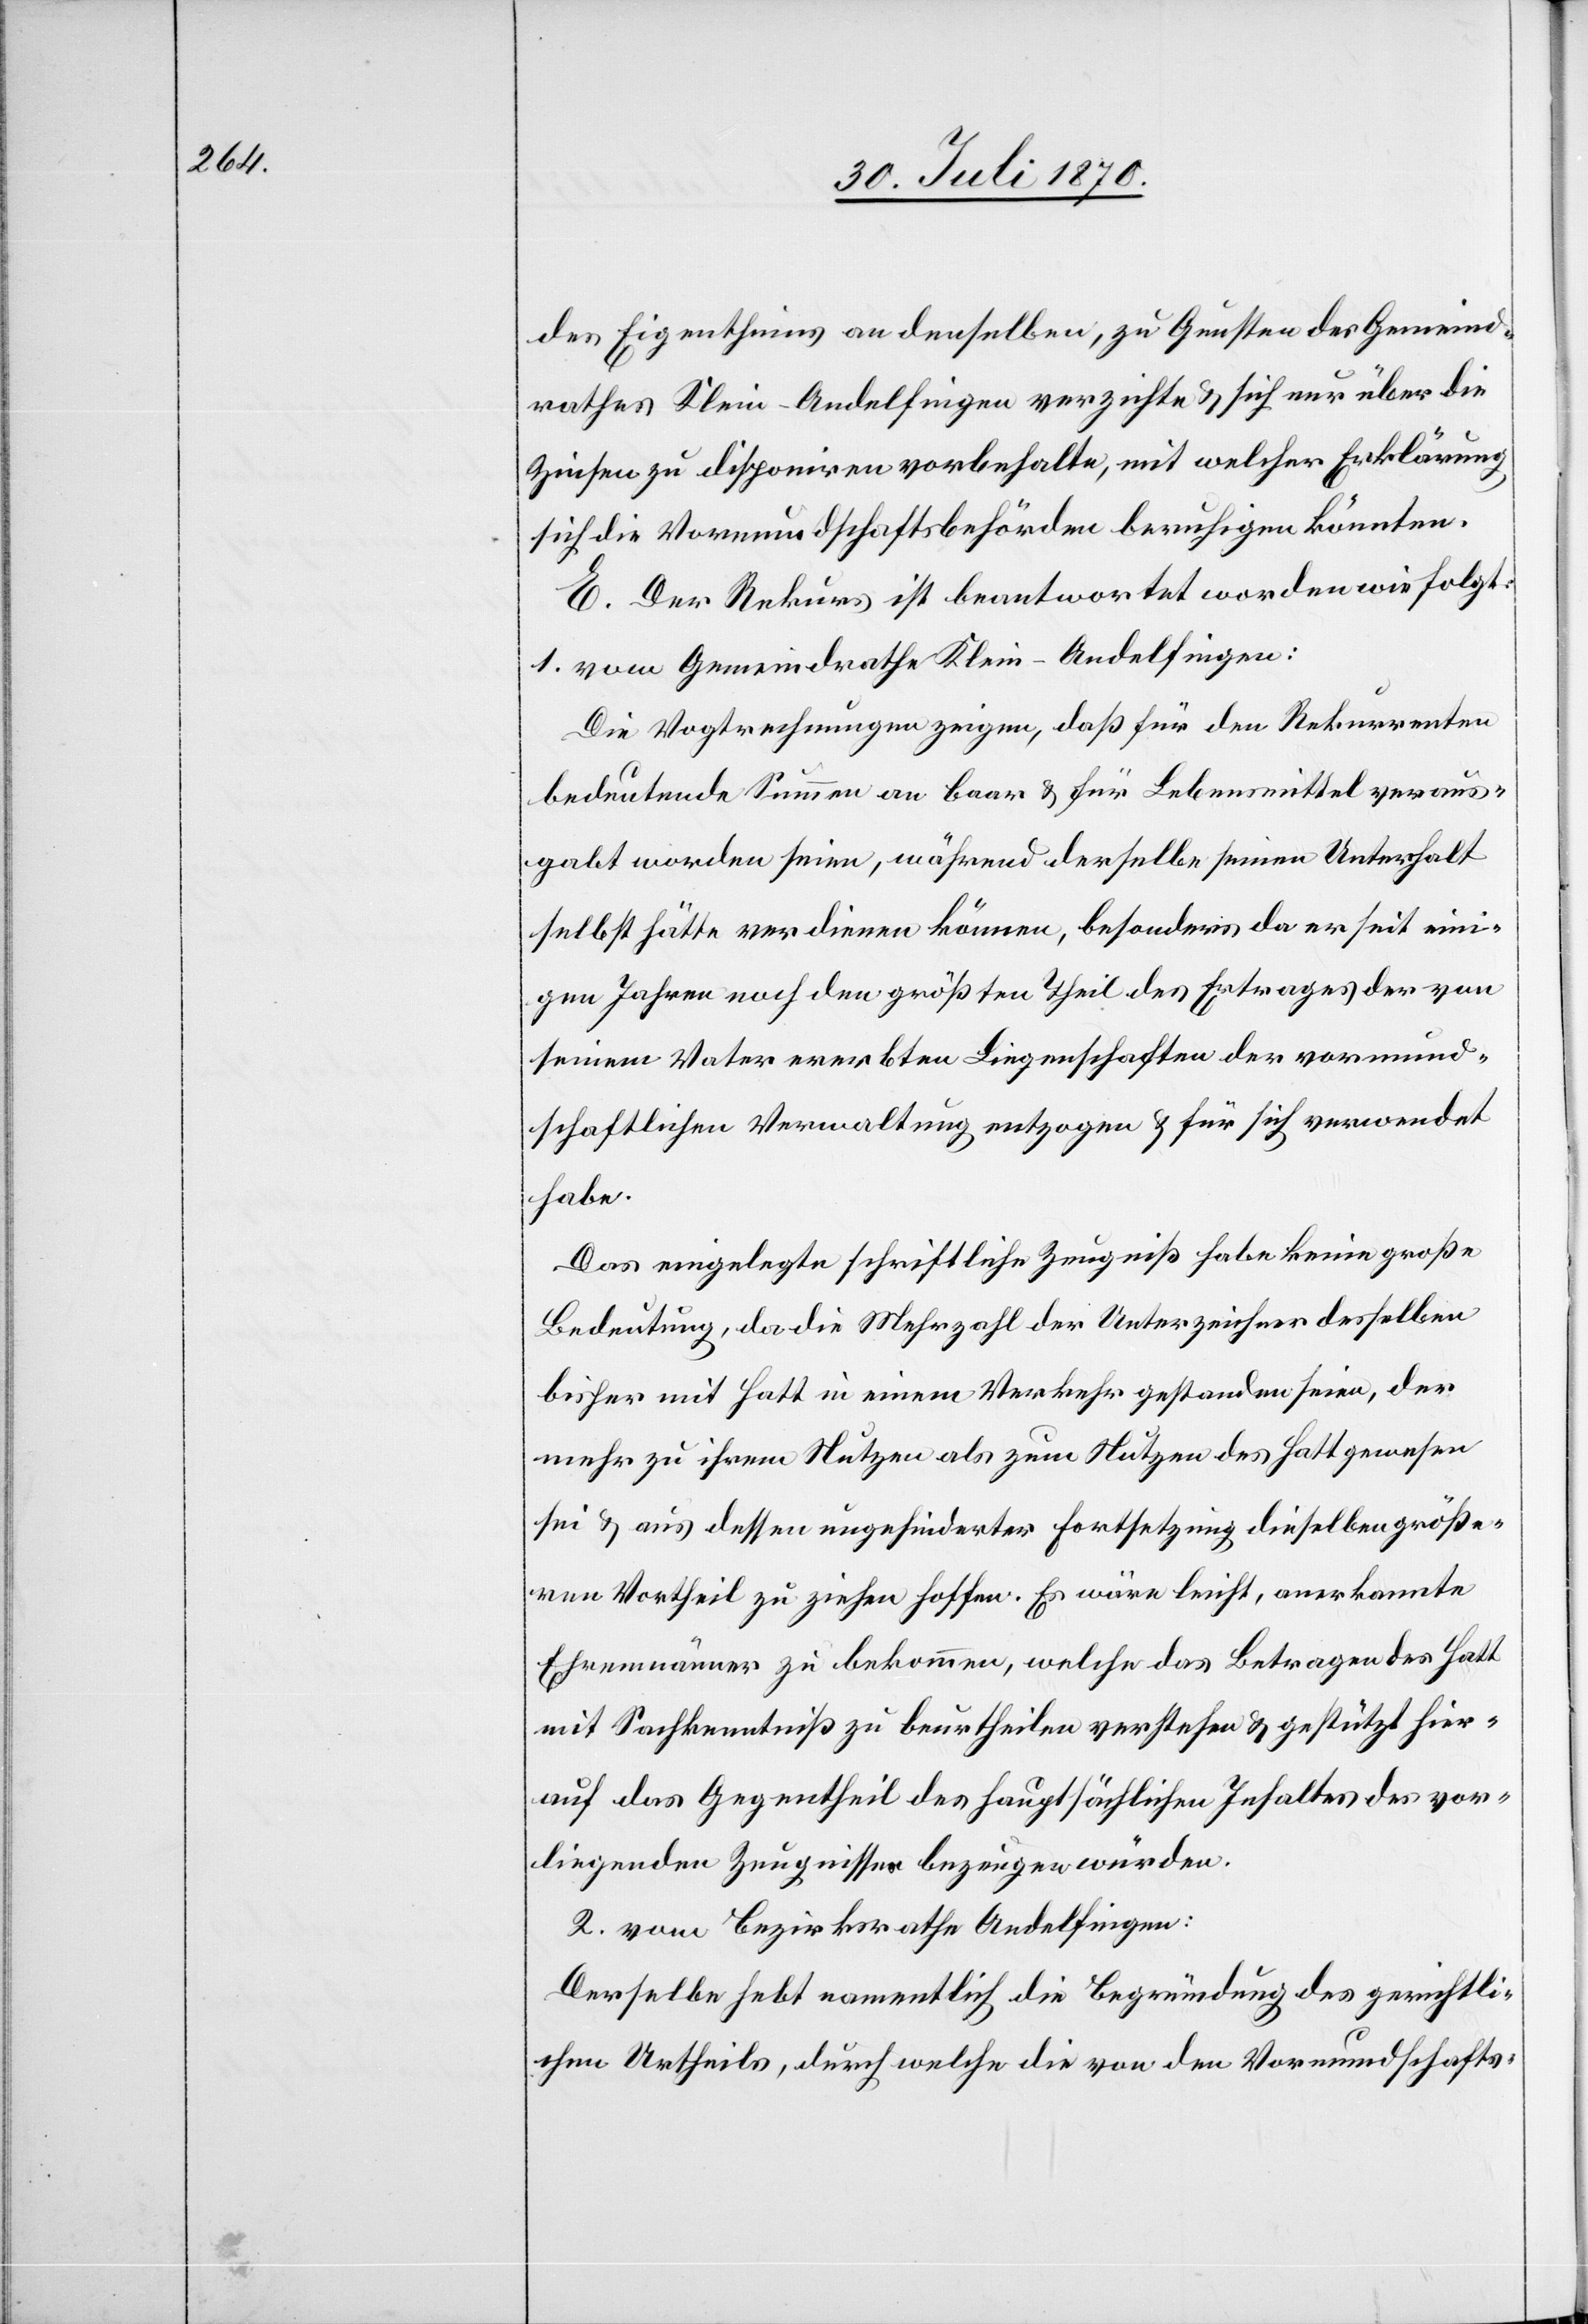
des Eigenthums an denselben, zu Gunsten des Gemeind¬
rathes Klein-Andelfingen verzichte & sich nur über die
Zinsen zu disponiren vorbehalte, mit welcher Erklärung
sich die Vormundschaftsbehörden beruhigen könnten.
E. Der Rekurs ist beantwortet worden wie folgt:
1. vom Gemeindrathe Klein-Andelfingen:
Die Vogtrechnungen zeigen, daß für den Rekurrenten
bedeutende Summen an baar & für Lebensmittel veraus¬
gabt worden seien, während derselbe seinen Unterhalt
selbst hätte verdienen können, besonders da er seit eini¬
gen Jahren noch den größten Theil des Ertrages der von
seinem Vater ererbten Liegenschaften der vormund¬
schaftlichen Verwaltung entzogen & für sich verwendet
habe.
Das eingelegte schriftliche Zeugniß habe keine große
Bedeutung, da die Mehrzahl der Unterzeichner desselben
bisher mit Hatt in einem Verkehr gestanden seien, der
mehr zu ihrem Nutzen als zum Nutzen des Hatt gewesen
sei & aus dessen ungehinderter Fortsetzung dieselben größe¬
ren Vortheil zu ziehen hoffen. Es wäre leicht, anerkannte
Ehrenmänner zu bekommen, welche das Betragen des Hatt
mit Sachkenntniß zu beurtheilen verstehen & gestützt hier¬
auf das Gegentheil des hauptsächlichen Inhaltes des vor¬
liegenden Zeugnisses bezeugen würden.
2. vom Bezirksrathe Andelfingen:
Derselbe hebt namentlich die Begründung des gerichtli¬
chen Urtheils, durch welche die von den Vormundschafts-